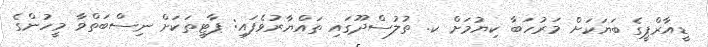
ޑީއާރްޕީގެ ބަޔަކަށް މަރުހަބާ ކިޔުމަށް ކ. ތުލުސްދޫގައި ތައްޔާރުވެފައި: ޕާޓީތަކަށް ނިސްބަތްވާ މީހުންގެ